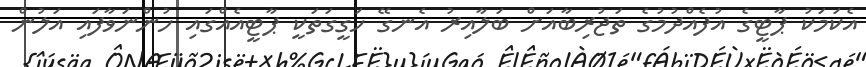
އެކަމަކު ޕާޓީގެ އުފެއްދުމުގެ ތަޖުރިބާއަށް ބަލާއިރު އެނގޭ ހަގީގަތަކީ ޕާޓީއެއްގައި ހުންނަވާފައި އަލުން